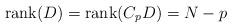
LaTeX: \begin{align*}\hbox{rank}(D) = \hbox{rank}(C_pD)=N-p\end{align*}